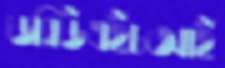
ডব্লিউএইচআই